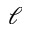
\ell